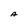
Character: A